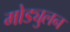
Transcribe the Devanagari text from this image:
मोड्युलन